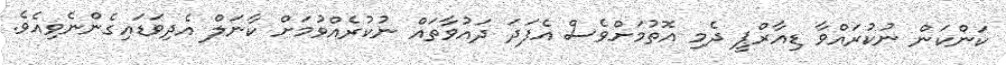
ކަންކަން ނުކުރައްވާ ޑިއާރްޕީ ދެމި އޮތުމަށްވެސް އެފަދަ ދައުވާތައް ނުކުރެއްވުމަށް ކާނަލް އެދިވަޑައިގެންނެވިއެވެ.